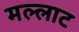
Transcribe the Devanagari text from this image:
मल्लाट